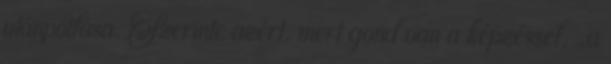
utánpótlása. Szerinte azért, mert gond van a képzéssel, „a